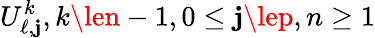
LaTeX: U_{\ell,\mathbf{j}}^{k},k\len-1,0\le\mathbf{j}\lep,n\ge1